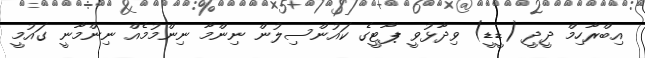
އިބްރާހިމް ދީދީ (ޑީޑީ) ވިދާޅުވީ ޕާޓީގެ ކައުންސިލުން ނިންމާ ނިންމުމެއް ނިންމާނީ ގައުމީ